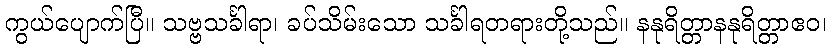
ကွယ်ပျောက်ပြီ။ သဗ္ဗသင်္ခါရာ၊ ခပ်သိမ်းသော သင်္ခါရတရားတို့သည်။ နနုရိတ္တာနနုရိတ္တာဧဝ၊